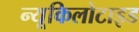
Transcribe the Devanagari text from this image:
न्यूकिलोटाइड